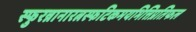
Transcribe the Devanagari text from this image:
स्फुरन्नानारत्नस्फटिकमयभित्तिप्रतिफल